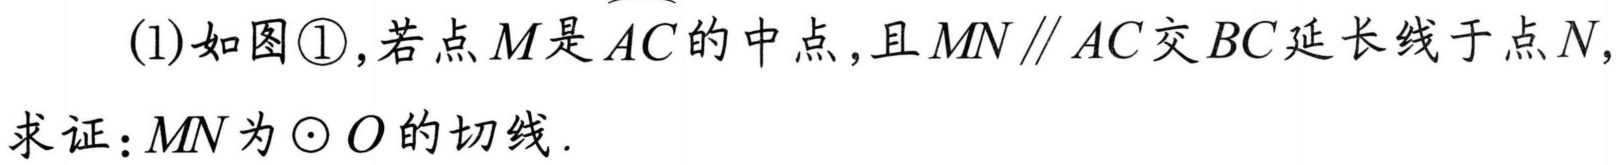
(1)如图\textcircled{1}，若点\(M\)是\(\overset{\frown}{AC}\)的中点，且\(MN\parallel AC\)交\(BC\)延长线于点\(N\)，
求证：\(MN\)为\(\odot O\)的切线.